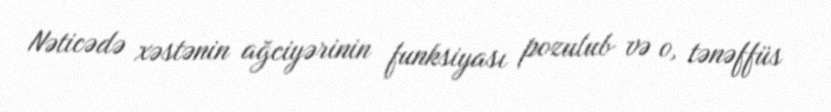
Nəticədə xəstənin ağciyərinin funksiyası pozulub və o, tənəffüs